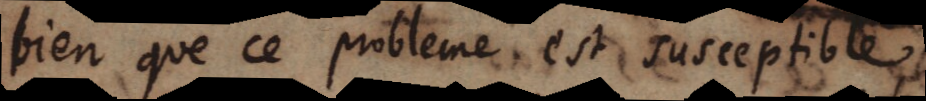
bien que ce probleme est susceptible